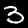
Digit: 3